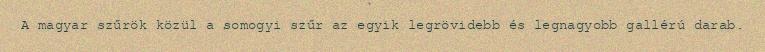
A magyar szűrök közül a somogyi szűr az egyik legrövidebb és legnagyobb gallérú darab.